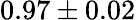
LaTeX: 0.97\pm 0.02